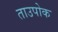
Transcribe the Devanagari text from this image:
ताउपोक